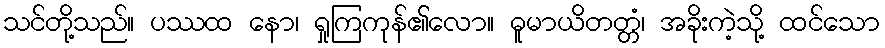
သင်တို့သည်။ ပဿထ နော၊ ရှုကြကုန်၏လော။ ဓူမာယိတတ္တံ၊ အခိုးကဲ့သို့ ထင်သော